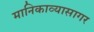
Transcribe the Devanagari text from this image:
मानिकाव्यासागर